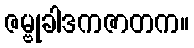
ဇမ္ဗုခါဒကဇာတက။